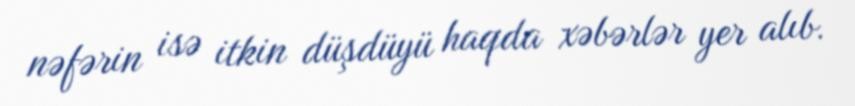
nəfərin isə itkin düşdüyü haqda xəbərlər yer alıb.